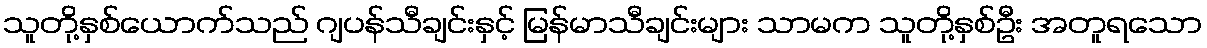
သူတို့နှစ်ယောက်သည် ဂျပန်သီချင်းနှင့် မြန်မာသီချင်းများ သာမက သူတို့နှစ်ဦး အတူရသော